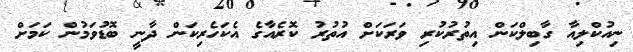
ނިއުކްލިއާ ގާބިލްކަން އިތުރުކުރި ވަރަކަށް އުތުރު ކޮރެއާގެ އެކަހެރިކަން ދާނީ ބޮޑުވަމުން ކަމަށް